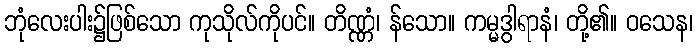
ဘုံလေးပါး၌ဖြစ်သော ကုသိုလ်ကိုပင်။ တိဏ္ဏံ၊ န်သော။ ကမ္မဒွါရာနံ၊ တို့၏။ ဝသေန၊